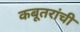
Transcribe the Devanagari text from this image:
कबूतरांची